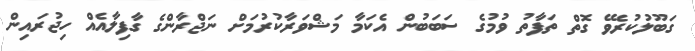
ގަބޫލުކުރެވޭ ގޮތް ތަފާތު ވުމުގެ ސަބަބުން އެކަމާ މަޝްވަރާކުރުމަށް ނަޖްރާންގެ ގާފިލާއެއް ހިޖުރައިން